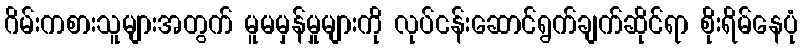
ဂိမ်းကစားသူများအတွက် မူမမှန်မှုများကို လုပ်ငန်းဆောင်ရွက်ချက်ဆိုင်ရာ စိုးရိမ်နေပုံ